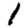
Digit: 1